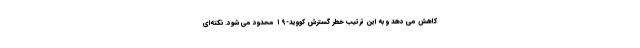
کاهش می دهد و به این ترتیب خطر گسترش کووید-۱۹ محدود می شود. نکته‌ای